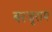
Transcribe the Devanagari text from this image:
बरजुराम